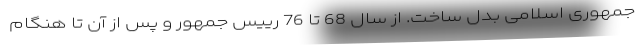
جمهوری اسلامی بدل ساخت. از سال 68 تا 76 رییس جمهور و پس از آن تا هنگام